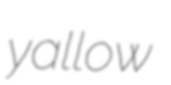
yallow